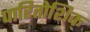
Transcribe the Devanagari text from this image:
पारितोशिक्